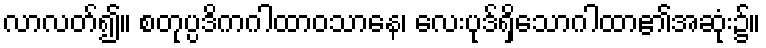
လာလတ်၍။ စတုပ္ပဒိကဂါထာဝသာနေ၊ လေးပုဒ်ရှိသောဂါထာ၏အဆုံး၌။